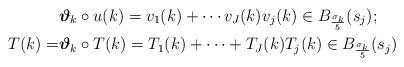
LaTeX: \begin{align*}&\boldsymbol{\vartheta}_k \circ u(k) = v_1(k)+ \dotsb v_J(k) v_j(k) \in B_{\frac{\sigma_k}{5}}(s_j); \\T(k)=&\boldsymbol{\vartheta}_k \circ T(k) = T_1(k)+ \dotsb + T_J(k) T_j(k) \in B_{\frac{\sigma_k}{5}}(s_j)\end{align*}